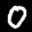
Label: 0